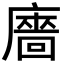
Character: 廧